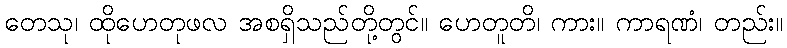
တေသု၊ ထိုဟေတုဖလ အစရှိသည်တို့တွင်။ ဟေတူတိ၊ ကား။ ကာရဏံ၊ တည်း။